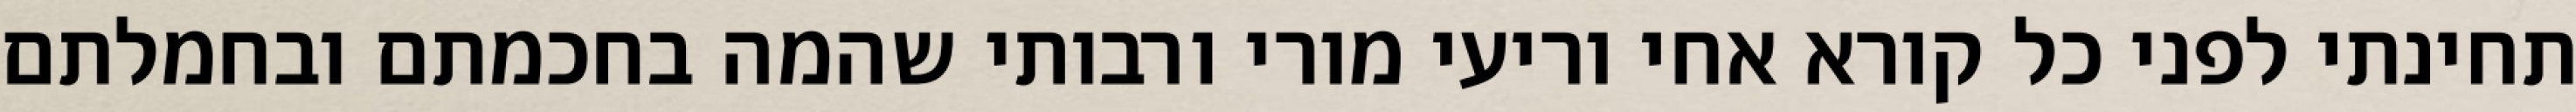
תחינתי לפני כל קורא אחי וריעי מורי ורבותי שהמה בחכמתם ובחמלתם